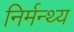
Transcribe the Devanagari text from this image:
निर्मन्थ्य